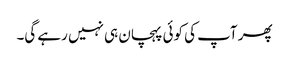
پھر آپ کی کوئی پہچان ہی نہیں رہے گی۔